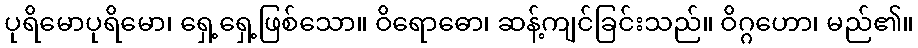
ပုရိမောပုရိမော၊ ရှေ့ရှေ့ဖြစ်သော။ ဝိရောဓော၊ ဆန့်ကျင်ခြင်းသည်။ ဝိဂ္ဂဟော၊ မည်၏။